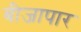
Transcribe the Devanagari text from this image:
बीजापार